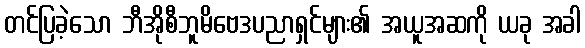
တင်ပြခဲ့သော ဘီအိုစီဘူမိဗေဒပညာရှင်များ၏ အယူအဆကို ယခု အခါ